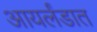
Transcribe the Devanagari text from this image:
आयर्लंडात